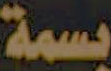
بسمة